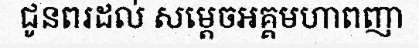
ជូនពរដល់ សម្តេចអគ្គមហាពញា